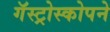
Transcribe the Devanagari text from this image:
गॅस्ट्रोस्कोपने